Indian journal of veterinary science and animal husbandry - Volumes 24-25, 1954-1955
Year: 1954
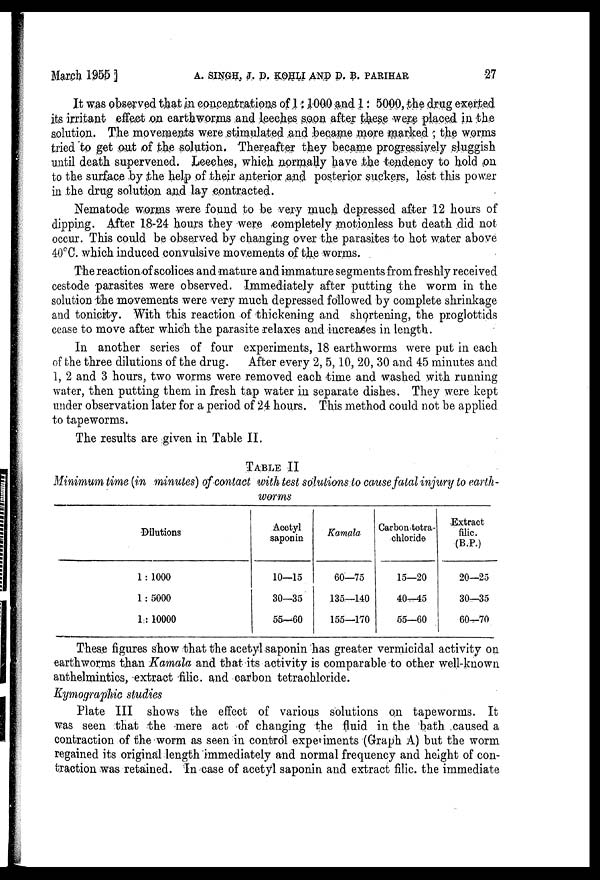
March 1955 ] A. SINGH, J. D. KOHLI AND D. B. PARIHAR 27
It was observed that in concentrations of 1:1000 and 1 : 5000, the drug exerted
its irritant effect on earthworms and leeches soon after these were placed in the
solution. The movements were stimulated and became more marked ; the worms
tried to get out of the solution. Thereafter they became progressively sluggish
until death supervened. Leeches, which normally have the tendency to hold on
to the surface by the help of their anterior and posterior suckers, lost this power
in the drug solution and lay contracted.
Nematode worms were found to be very much depressed after 12 hours of
dipping. After 18-24 hours they were completely motionless but death did not
occur. This could be observed by changing over the parasites to hot water above
40°C. which induced convulsive movements of the worms.
The reaction of scolices and mature and immature segments from freshly received
cestode parasites were observed. Immediately after putting the worm in the
solution the movements were very much depressed followed by complete shrinkage
and tonicity. With this reaction of thickening and shortening, the proglottids
cease to move after which the parasite relaxes and increases in length.
In another series of four experiments, 18 earthworms were put in each
of the three dilutions of the drug. After every 2, 5, 10, 20, 30 and 45 minutes and
1, 2 and 3 hours, two worms were removed each time and washed with running
water, then putting them in fresh tap water in separate dishes. They were kept
under observation later for a period of 24 hours. This method could not be applied
to tapeworms.
The results are given in Table II.
TABLE II
Minimum time (in minutes) of contact with test solutions to cause fatal injury to earth-
worms
Dilutions
1 : 1000
1 : 5000
1 : 10000
Acetyl
saponin
10—15
30—35
55—60
Kamala
60—75
135—140
155—170
Carbon tetra-
chloride
15—20
40—45
55—60
Extract
filic.
(B.P.)
20—25
30—35
60—70
These figures show that the acetyl saponin has greater vermicidal activity on
earthworms than Kamala and that its activity is comparable to other well-known
anthelmintics, extract filic. and carbon tetrachloride.
Kymographic studies
Plate III shows the effect of various solutions on tapeworms. It
was seen that the mere act of changing the fluid in the bath caused a
contraction of the worm as seen in control experiments (Graph A) but the worm
regained its original length immediately and normal frequency and height of con-
traction was retained. In case of acetyl saponin and extract filic. the immediate